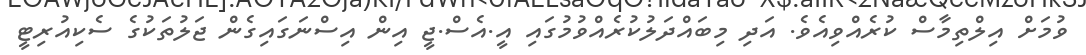
ވުމަށް އިލްތިމާސް ކުރެއްވިއެވެ. އަދި މިބައްދަލުކުރެއްވުމުގައި އީ.އެސް.ޖީ އިން އިސްނަގައިގެން ޖަލުތަކުގެ ސެކިއުރިޓީ